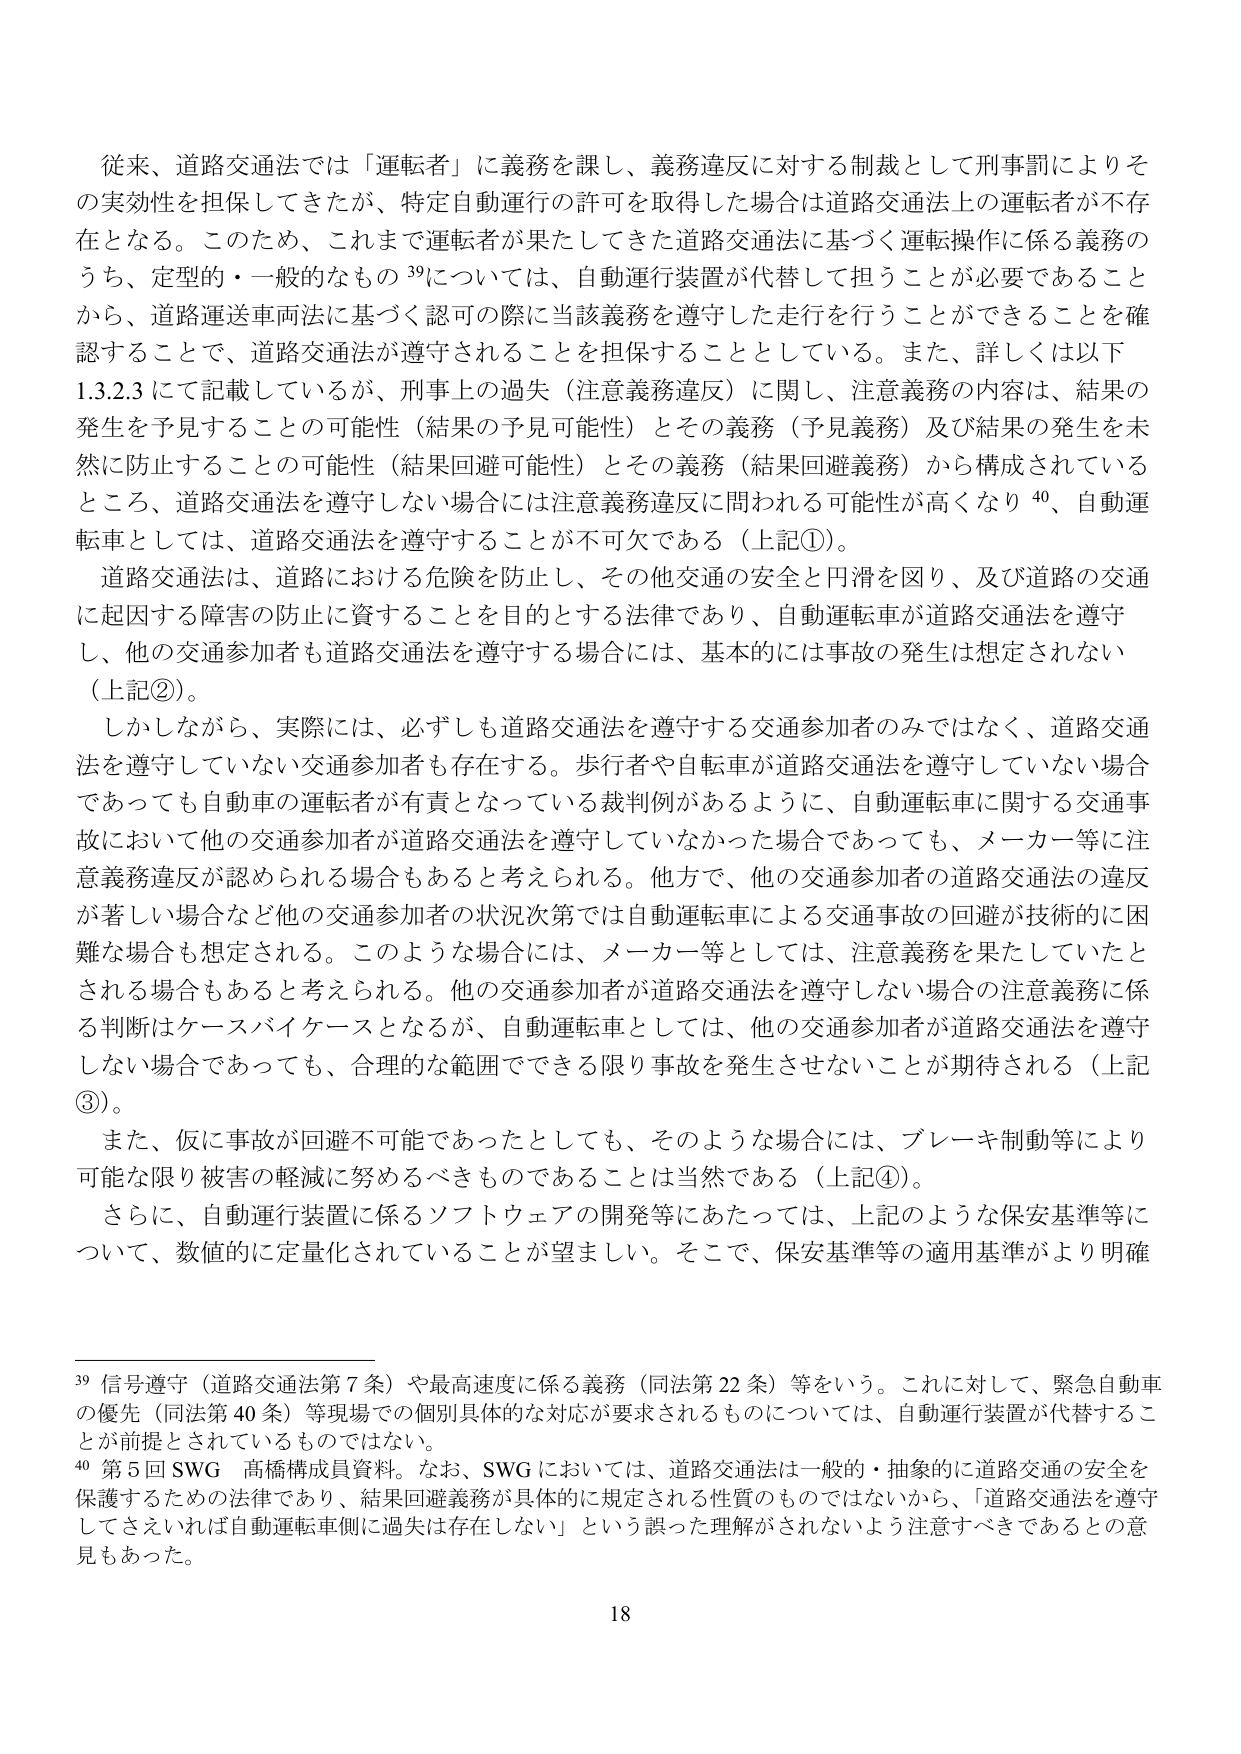
従来、道路交通法では「運転者」に義務を課し、義務違反に対する制裁として刑事罰によりその実効性を担保してきたが、特定自動運行の許可を取得した場合は道路交通法上の運転者が不存在となる。このため、これまで運転者が果たしてきた道路交通法に基づく運転操作に係る義務のうち、定型的・一般的なもの39については、自動運行装置が代替して担うことが必要であることから、道路運送車両法に基づく認可の際に当該義務を遵守した走行を行うことができることを確認することで、道路交通法が遵守されることを担保することとしている。また、詳しくは以下1.3.2.3にて記載しているが、刑事上の過失（注意義務違反）に関し、注意義務の内容は、結果の発生を予見することの可能性（結果の予見可能性）とその義務（予見義務）及び結果の発生を未然に防止することの可能性（結果回避可能性）とその義務（結果回避義務）から構成されているところ、道路交通法を遵守しない場合には注意義務違反に問われる可能性が高くなり40、自動運転車としては、道路交通法を遵守することが不可欠である（上記①）。

道路交通法は、道路における危険を防止し、その他交通の安全と円滑を図り、及び道路の交通に起因する障害の防止に資することを目的とする法律であり、自動運転車が道路交通法を遵守し、他の交通参加者も道路交通法を遵守する場合には、基本的には事故の発生は想定されない（上記②）。

しかしながら、実際には、必ずしも道路交通法を遵守する交通参加者のみではなく、道路交通法を遵守していない交通参加者も存在する。歩行者や自転車が道路交通法を遵守していない場合であっても自動車の運転者が有責となっている裁判例があるように、自動運転車に関する交通事故において他の交通参加者が道路交通法を遵守していなかった場合であっても、メーカー等に注意義務違反が認められる場合もあると考えられる。他方で、他の交通参加者の道路交通法の違反が著しい場合など他の交通参加者の状況次第では自動運転車による交通事故の回避が技術的に困難な場合も想定される。このような場合には、メーカー等としては、注意義務を果たしていたとされる場合もあると考えられる。他の交通参加者が道路交通法を遵守しない場合の注意義務に係る判断はケースバイケースとなるが、自動運転車としては、他の交通参加者が道路交通法を遵守しない場合であっても、合理的な範囲でできる限り事故を発生させないことが期待される（上記③）。

また、仮に事故が回避不可能であったとしても、そのような場合には、ブレーキ制動等により可能な限り被害の軽減に努めるべきものであることは当然である（上記④）。

さらに、自動運行装置に係るソフトウェアの開発等にあたっては、上記のような保安基準等について、数値的に定量化されていることが望ましい。そこで、保安基準等の適用基準がより明確

39 信号遵守（道路交通法第7条）や最高速度に係る義務（同法第22条）等をいう。これに対して、緊急自動車の優先（同法第40条）等現場での個別具体的な対応が要求されるものについては、自動運行装置が代替することが前提とされているものではない。

40 第5回SWG 高橋構成員資料。なお、SWGにおいては、道路交通法は一般的・抽象的に道路交通の安全を保護するための法律であり、結果回避義務が具体的に規定される性質のものではないから、「道路交通法を遵守してさえいれば自動運転車側に過失は存在しない」という誤った理解がされないよう注意すべきであるとの意見もあった。

18